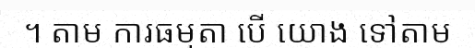
។ តាម ការធម្មតា បើ យោង ទៅតាម